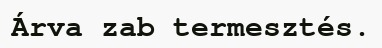
Árva zab termesztés.